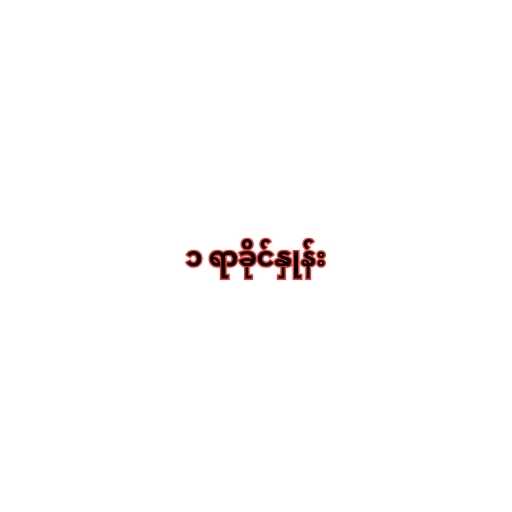
၁ ရာခိုင်နှုန်း